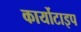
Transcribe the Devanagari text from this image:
कार्योटाइप